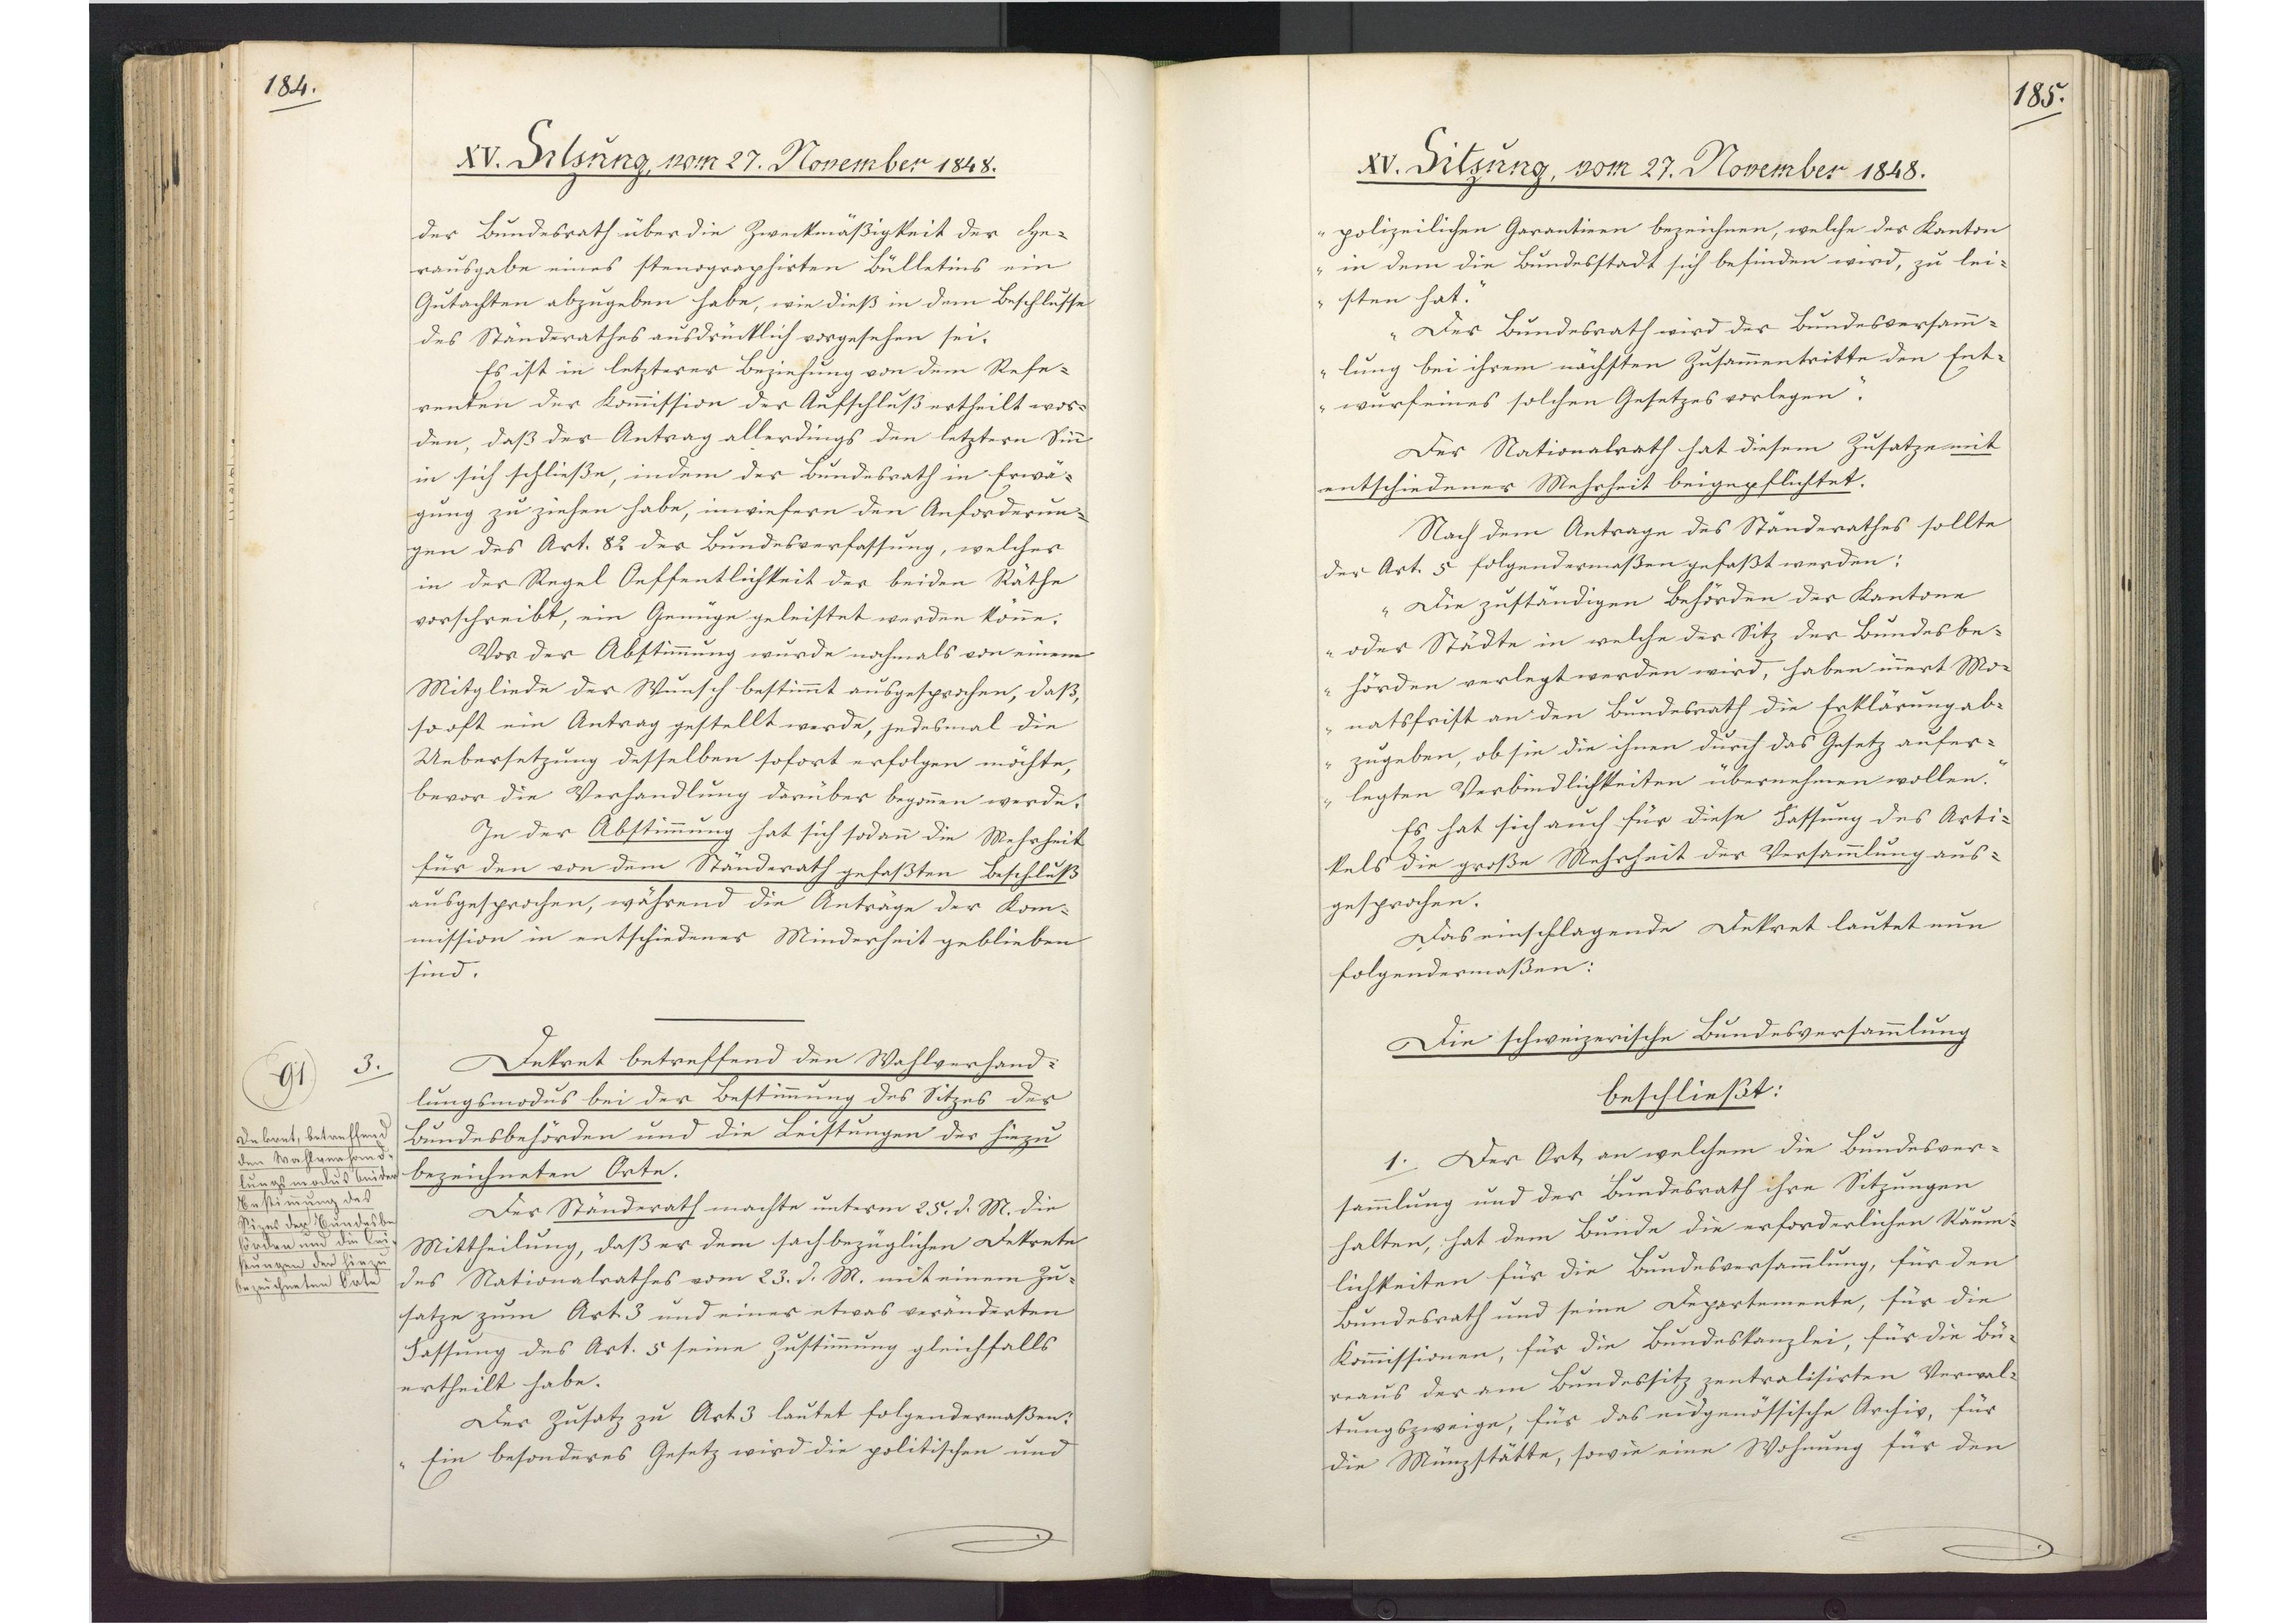
184.

XV. Sitzung, vom 27. November 1848.

der Bundesrath über die Zweckmäßigkeit der He¬
rausgabe eines stenographirten Bülletins ein
Gutachten abzugeben habe, wie dieß in dem Beschlusse
des Ständerathes ausdrücklich vorgesehen sei.
Es ist in letzterer Beziehung von dem Refe¬
renten der Kommission der Aufschluß ertheilt wor¬
den, dass der Antrag allerdings den letztern Sinn
in sich schließe, indem der Bundesrath in Erwä¬
gung zu ziehen habe, inwiefern den Anforderun¬
gen des Art. 82 der Bundesverfassung, welcher
in der Regel Oeffentlichkeit der beiden Räthe
vorschreibt, ein Genüge geleistet werden könne.
Vor der Abstimmung wurde nochmals von einem
Mitgliede der Wunsch bestimmt ausgesprochen, daß
so oft ein Antrag gestellt werde, jedesmal die
Uebersetzung desselben sofort erfolgen möchte,
bevor die Verhandlung darüber begonnen werde.
In der Abstimmung hat sich sodann die Mehrheit
für den von dem Ständerath gefaßten Beschluß
ausgesprochen, während die Anträge der Kom¬
mission in entschiedener Minderheit geblieben
sind.
Dekret betreffend den Wahlverhand¬
lungsmodus bei der Bestimmung des Sitzes der
Bundesbehörden und die Leistungen der hiezu
bezeichneten Orte.
Der Ständerath machte unterm 25. d. M. die
Mittheilung, daß er dem sachbezüglichen Dekrete
des Nationalrathes vom 23. d. M. mit einem Zu¬
satze zum Art. 3 und einer etwas veränderten
Fassung des Art. 5 seine Zustimmung gleichfalls
ertheilt habe.
Der Zusatz zu Art. 3 lautet folgendermaßen:
"Ein besonderes Gesetz wird die politischen und

3.
91.
Dekret, betreffend
den Wahlverhand¬
lungsmodus bei der
Bestimmung des
Sizes der Bundesbe¬
hörden und die Lei¬
stungen der hiezu
bezeichneten Orte.

185.

XV. Sitzung, vom 27. November 1848.

polizeilichen Garantieen bezeichnen, welche der Kanton
in dem die Bundesstadt sich befinden wird, zu lei¬
sten hat."
"Der Bundesrath wird der Bundesversamm¬
lung bei ihrem nächsten Zusammentritte den Ent¬
wurf eines solchen Gesetzes vorlegen."
Der Nationalrath hat diesem Zusatze mit
entschiedener Mehrheit beigepflichtet.
Nach dem Antrage des Ständerathes sollte
der Art. 5 folgendermassen gefaßt werden:
"Die zuständigen Behörden der Kantone
oder Städte in welche der Sitz der Bundesbe¬
hörden verlegt werden wird, haben innert Mo¬
natsfrist an den Bundesrath die Erklärung ab¬
zugeben, ob sie die ihnen durch das Gesetz aufer¬
legten Verbindlichkeiten übernehmen wollen."
Es hat sich auch für diese Fassung des Arti¬
kels die große Mehrheit der Versammlung aus¬
gesprochen.
Das einschlagende Dekret lautet nun
folgendermaßen:
Die schweizerische Bundesversammlung
beschließt:
1. Der Ort, an welchem die Bundesver¬
sammlung und der Bundesrath ihre Sitzungen
halten, hat dem Bunde die erforderlichen Räum¬
lichkeiten für die Bundesversammlung, für den
Bundesrath und seine Departemente, für die
Kommissionen, für die Bundeskanzlei, für die Bu¬
reaus der am Bundessitz zentralisirten Verwal¬
tungszweige, für das eidgenössische Archiv, für
die Münzstätte, sowie eine Wohnung für den